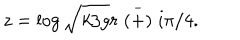
LaTeX: z = \log \sqrt { k / g } r \stackrel { - } { ( + ) } i \pi / 4 .